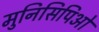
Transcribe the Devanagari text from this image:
मुनिसिपिओ